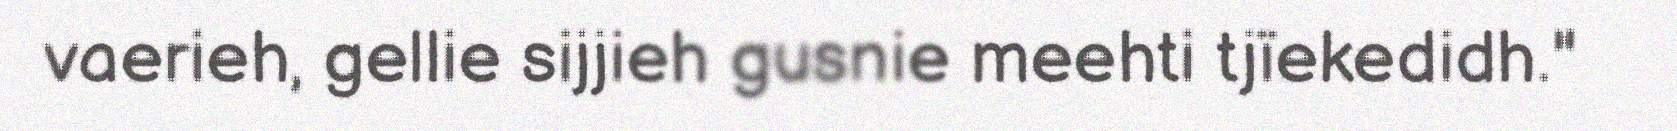
vaerieh, gellie sijjieh gusnie meehti tjïekedidh."